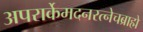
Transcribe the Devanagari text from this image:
अपरार्केमदनरत्नेचब्राह्मे